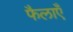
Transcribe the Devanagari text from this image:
फैलाएँ